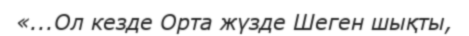
«...Ол кезде Орта жүзде Шеген шықты,